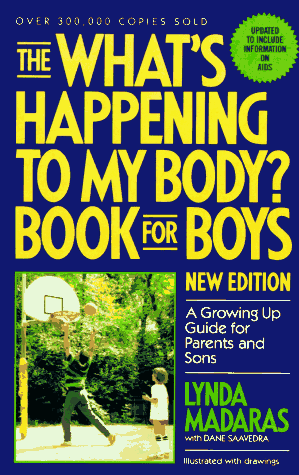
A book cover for The What's Happening to My Body? Book for Boys: A Growing Up Guide for Parents and Sons; Lynda Madaras; Teen & Young Adult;